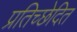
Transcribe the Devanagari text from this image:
प्रतिच्छेदित